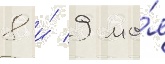
8 и́ 9 ма́я